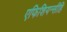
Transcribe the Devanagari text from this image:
एफिशियन्सीहि